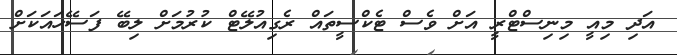
އަދި މިއީ މިނިސްޓްރީ އަށް ވެސް ޓެކްސީތައް ރެގިއުލޭޓް ކުރުމަށް ލިބޭ ފަސޭހައަކަށް